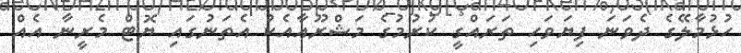
ހުޅުމާލޭގެ ދެވަނަ ފިޔަވަހި ތަރައްގީ ކުރުމުގެ މަޝްރޫއާއެކު އެތަނުގައި ޔޮޓް މެރީނާ އެއް